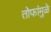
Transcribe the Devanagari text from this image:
तोफांमुळे